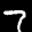
Label: 7